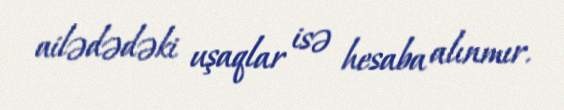
ailədədəki uşaqlar isə hesaba alınmır.